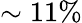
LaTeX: \sim 11\%